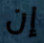
إن